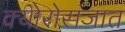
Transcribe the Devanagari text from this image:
क्योरोसंजात